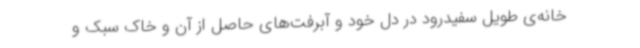
خانه‌ی طویل سفیدرود در دل خود و آبرفت‌های حاصل از آن و خاک سبک و